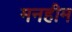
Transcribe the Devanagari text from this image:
मनहीम